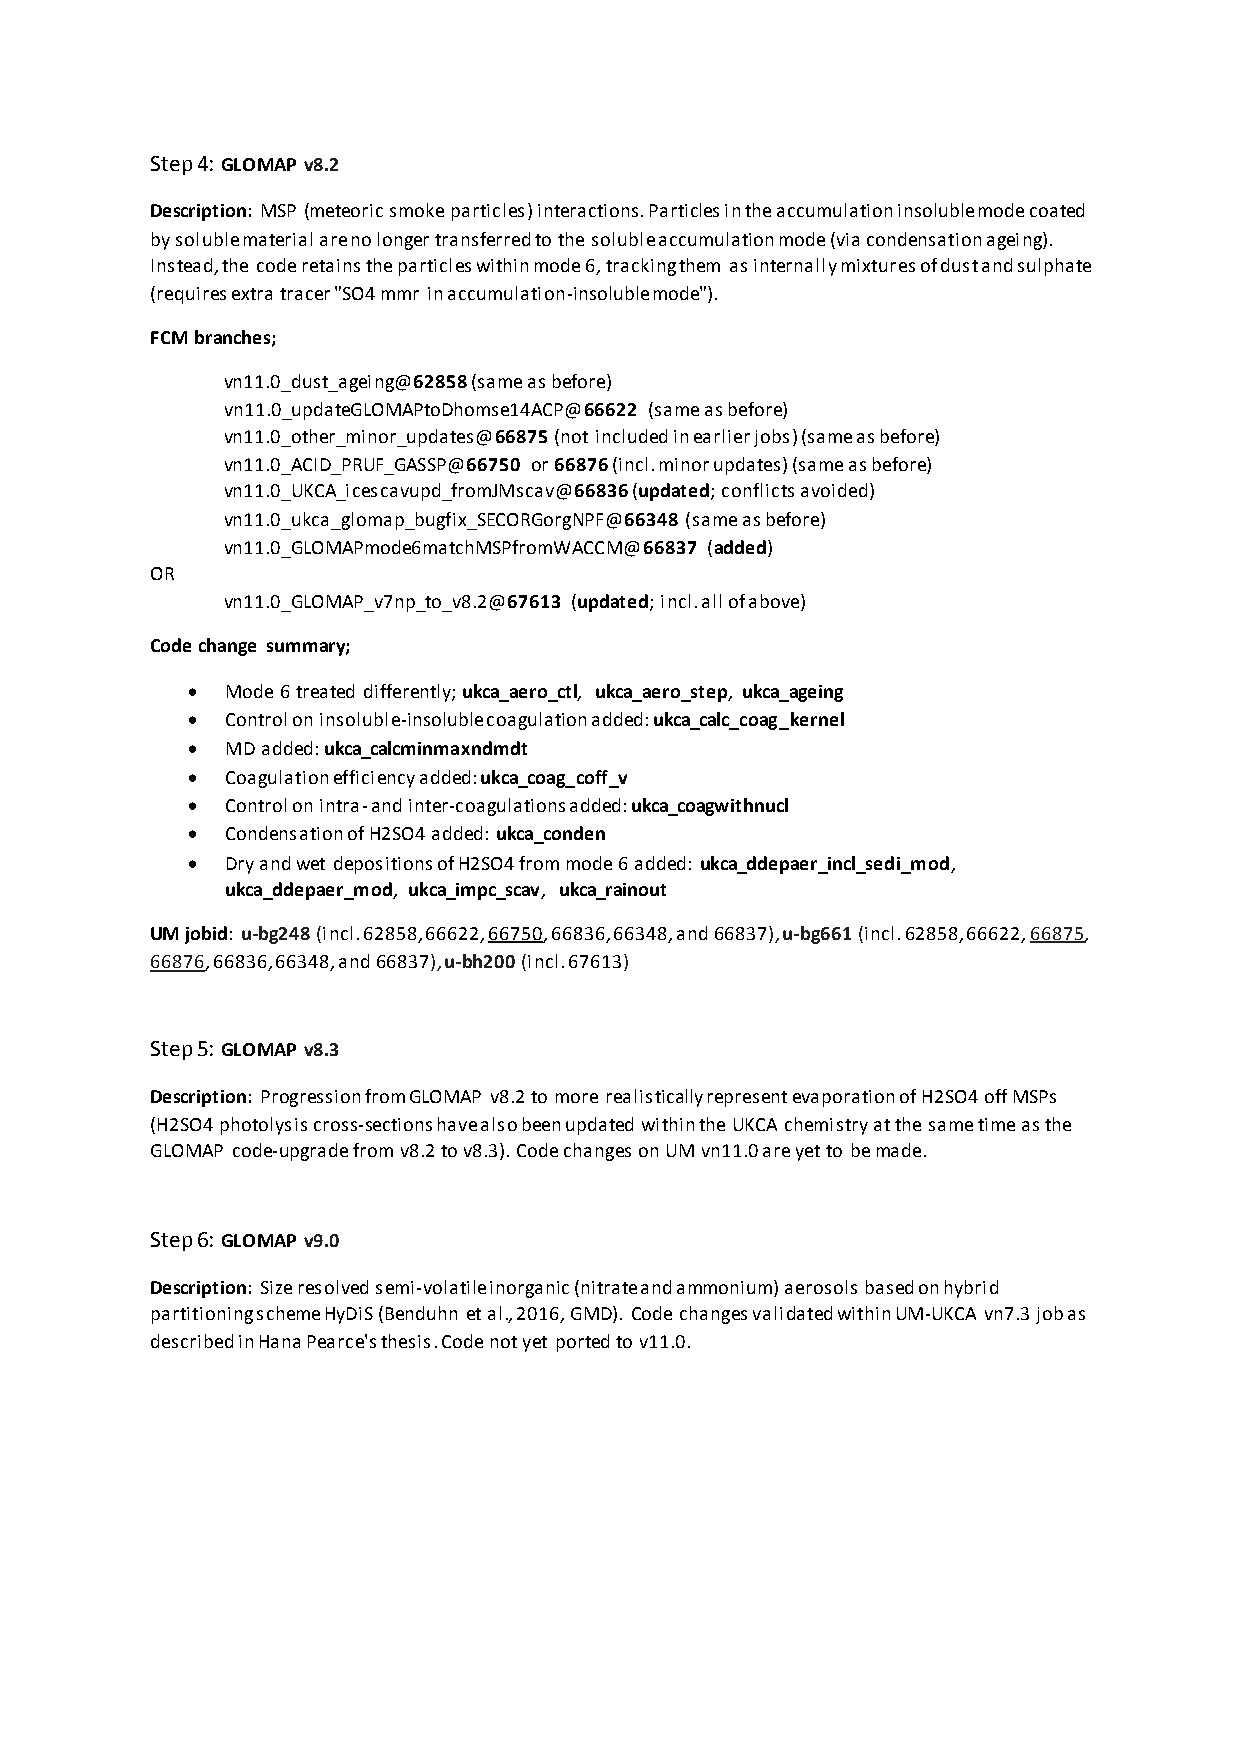
Step 4: GLOMAP v8.2
 Description: MSP (meteoric smoke particles) interactions. Particles in the accumulation insoluble mode coated
 by soluble material are no longer transferred to the soluble accumulation mode (via condensation ageing).
 Instead, the code retains the particles within mode 6, tracking them as internally mixtures of dust and sulphate
 (requires extra tracer "SO4 mmr in accumulation-insoluble mode").
 FCM branches;
 vn11.0_dust_ageing@62858 (same as before)
 vn11.0_updateGLOMAPtoDhomse14ACP@66622 (same as before)
 vn11.0_other_minor_updates@66875 (not included in earlier jobs) (same as before)
 vn11.0_ACID_PRUF_GASSP@66750 or 66876 (incl. minor updates) (same as before)
 vn11.0_UKCA_icescavupd_fromJMscav@66836 (updated; conflicts avoided)
 vn11.0_ukca_glomap_bugfix_SECORGorgNPF@66348 (same as before)
 vn11.0_GLOMAPmode6matchMSPfromWACCM@66837 (added)
 OR
 vn11.0_GLOMAP_v7np_to_v8.2@67613 (updated; incl. all of above)
 Code change summary;
   Mode 6 treated differently; ukca_aero_ctl, ukca_aero_step, ukca_ageing
   Control on insoluble-insoluble coagulation added: ukca_calc_coag_kernel
   MD added: ukca_calcminmaxndmdt
   Coagulation efficiency added: ukca_coag_coff_v
   Control on intra- and inter-coagulations added: ukca_coagwithnucl
   Condensation of H2SO4 added: ukca_conden
   Dry and wet depositions of H2SO4 from mode 6 added: ukca_ddepaer_incl_sedi_mod,
 ukca_ddepaer_mod, ukca_impc_scav, ukca_rainout
 UM jobid: u-bg248 (incl. 62858, 66622, 66750, 66836, 66348, and 66837), u-bg661 (incl. 62858, 66622, 66875,
 66876, 66836, 66348, and 66837), u-bh200 (incl. 67613)
 Step 5: GLOMAP v8.3
 Description: Progression from GLOMAP v8.2 to more realistically represent evaporation of H2SO4 off MSPs
 (H2SO4 photolysis cross-sections have also been updated within the UKCA chemistry at the same time as the
 GLOMAP code-upgrade from v8.2 to v8.3). Code changes on UM vn11.0 are yet to be made.
 Step 6: GLOMAP v9.0
 Description: Size resolved semi-volatile inorganic (nitrate and ammonium) aerosols based on hybrid
 partitioning scheme HyDiS (Benduhn et al., 2016, GMD). Code changes validated within UM-UKCA vn7.3 job as
 described in Hana Pearce's thesis. Code not yet ported to v11.0.